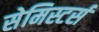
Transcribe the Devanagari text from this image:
सेमिस्टर्स